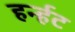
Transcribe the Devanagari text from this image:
हर्न्हट